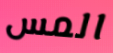
المس